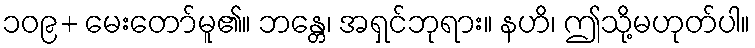
၁၀၉+ မေးတော်မူ၏။ ဘန္တေ၊ အရှင်ဘုရား။ နဟိ၊ ဤသို့မဟုတ်ပါ။